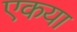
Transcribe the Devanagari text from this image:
एकया